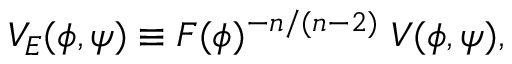
V _ { E } ( \phi , \psi ) \equiv F ( \phi ) ^ { - n / ( n - 2 ) } \; V ( \phi , \psi ) ,